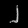
Digit: ၂